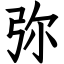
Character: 弥